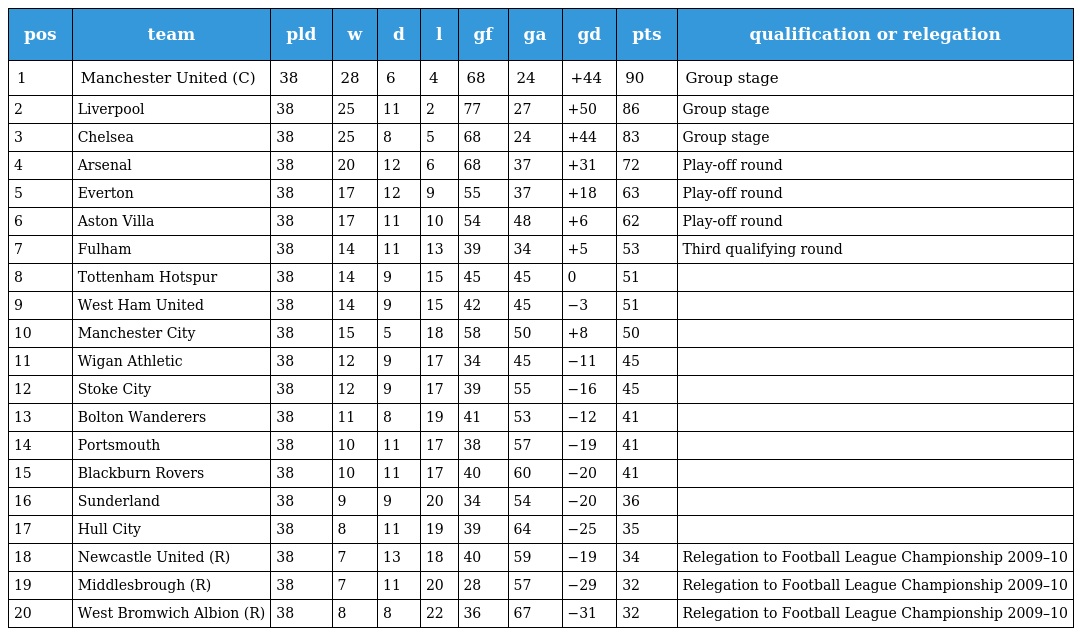
| pos | team | pld | w | d | l | gf | ga | gd | pts | qualification or relegation |
 | --- | --- | --- | --- | --- | --- | --- | --- | --- | --- | --- |
 | 1 | Manchester United (C) | 38 | 28 | 6 | 4 | 68 | 24 | +44 | 90 | Group stage |
 | 2 | Liverpool | 38 | 25 | 11 | 2 | 77 | 27 | +50 | 86 | Group stage |
 | 3 | Chelsea | 38 | 25 | 8 | 5 | 68 | 24 | +44 | 83 | Group stage |
 | 4 | Arsenal | 38 | 20 | 12 | 6 | 68 | 37 | +31 | 72 | Play-off round |
 | 5 | Everton | 38 | 17 | 12 | 9 | 55 | 37 | +18 | 63 | Play-off round |
 | 6 | Aston Villa | 38 | 17 | 11 | 10 | 54 | 48 | +6 | 62 | Play-off round |
 | 7 | Fulham | 38 | 14 | 11 | 13 | 39 | 34 | +5 | 53 | Third qualifying round |
 | 8 | Tottenham Hotspur | 38 | 14 | 9 | 15 | 45 | 45 | 0 | 51 |  |
 | 9 | West Ham United | 38 | 14 | 9 | 15 | 42 | 45 | −3 | 51 |  |
 | 10 | Manchester City | 38 | 15 | 5 | 18 | 58 | 50 | +8 | 50 |  |
 | 11 | Wigan Athletic | 38 | 12 | 9 | 17 | 34 | 45 | −11 | 45 |  |
 | 12 | Stoke City | 38 | 12 | 9 | 17 | 39 | 55 | −16 | 45 |  |
 | 13 | Bolton Wanderers | 38 | 11 | 8 | 19 | 41 | 53 | −12 | 41 |  |
 | 14 | Portsmouth | 38 | 10 | 11 | 17 | 38 | 57 | −19 | 41 |  |
 | 15 | Blackburn Rovers | 38 | 10 | 11 | 17 | 40 | 60 | −20 | 41 |  |
 | 16 | Sunderland | 38 | 9 | 9 | 20 | 34 | 54 | −20 | 36 |  |
 | 17 | Hull City | 38 | 8 | 11 | 19 | 39 | 64 | −25 | 35 |  |
 | 18 | Newcastle United (R) | 38 | 7 | 13 | 18 | 40 | 59 | −19 | 34 | Relegation to Football League Championship 2009–10 |
 | 19 | Middlesbrough (R) | 38 | 7 | 11 | 20 | 28 | 57 | −29 | 32 | Relegation to Football League Championship 2009–10 |
 | 20 | West Bromwich Albion (R) | 38 | 8 | 8 | 22 | 36 | 67 | −31 | 32 | Relegation to Football League Championship 2009–10 |